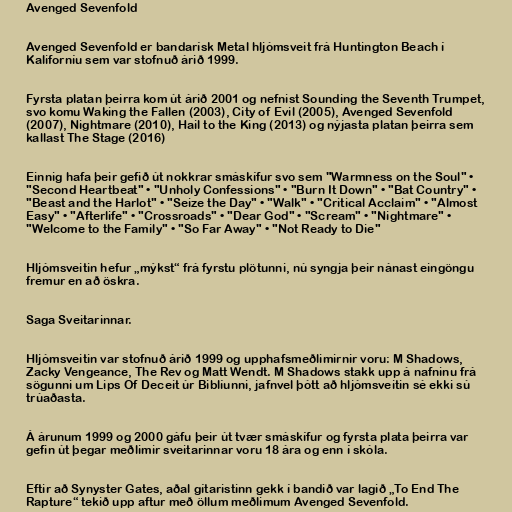
Avenged Sevenfold

Avenged Sevenfold er bandarísk Metal hljómsveit frá Huntington Beach í
Kaliforníu sem var stofnuð árið 1999.

Fyrsta platan þeirra kom út árið 2001 og nefnist Sounding the Seventh Trumpet,
svo komu Waking the Fallen (2003), City of Evil (2005), Avenged Sevenfold
(2007), Nightmare (2010), Hail to the King (2013) og nýjasta platan þeirra sem
kallast The Stage (2016)

Einnig hafa þeir gefið út nokkrar smáskífur svo sem "Warmness on the Soul" •
"Second Heartbeat" • "Unholy Confessions" • "Burn It Down" • "Bat Country" •
"Beast and the Harlot" • "Seize the Day" • "Walk" • "Critical Acclaim" • "Almost
Easy" • "Afterlife" • "Crossroads" • "Dear God" • "Scream" • "Nightmare" •
"Welcome to the Family" • "So Far Away" • "Not Ready to Die"

Hljómsveitin hefur „mýkst“ frá fyrstu plötunni, nú syngja þeir nánast eingöngu
fremur en að öskra.

Saga Sveitarinnar.

Hljómsveitin var stofnuð árið 1999 og upphafsmeðlimirnir voru: M Shadows,
Zacky Vengeance, The Rev og Matt Wendt. M Shadows stakk upp á nafninu frá
sögunni um Lips Of Deceit úr Biblíunni, jafnvel þótt að hljómsveitin sé ekki sú
trúaðasta.

Á árunum 1999 og 2000 gáfu þeir út tvær smáskífur og fyrsta plata þeirra var
gefin út þegar meðlimir sveitarinnar voru 18 ára og enn í skóla.

Eftir að Synyster Gates, aðal gítaristinn gekk í bandið var lagið „To End The
Rapture“ tekið upp aftur með öllum meðlimum Avenged Sevenfold.